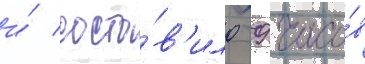
и́ соста́в'ило 9 часо́в